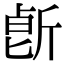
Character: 𣂢